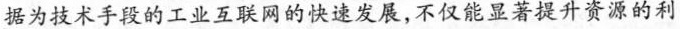
据为技术手段的工业互联网的快速发展，不仅能显著提升资源的利